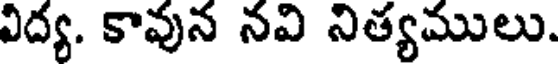
విద్య. కావున నవి నిత్యములు.